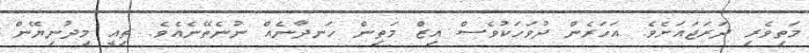
މަތިވެރި ދަރަޖައަށެވެ. އަހަރެން ދުވަހަކުވެސް އިޒް މަތިން ހަނދާނެއް ނުނެތޭނެއެވެ. ތިއީ މިދުނިޔޭން